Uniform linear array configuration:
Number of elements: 16
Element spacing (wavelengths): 0.75
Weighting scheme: uniform
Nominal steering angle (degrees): -30
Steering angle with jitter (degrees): -31.932
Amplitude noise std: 0.05
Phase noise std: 0.05

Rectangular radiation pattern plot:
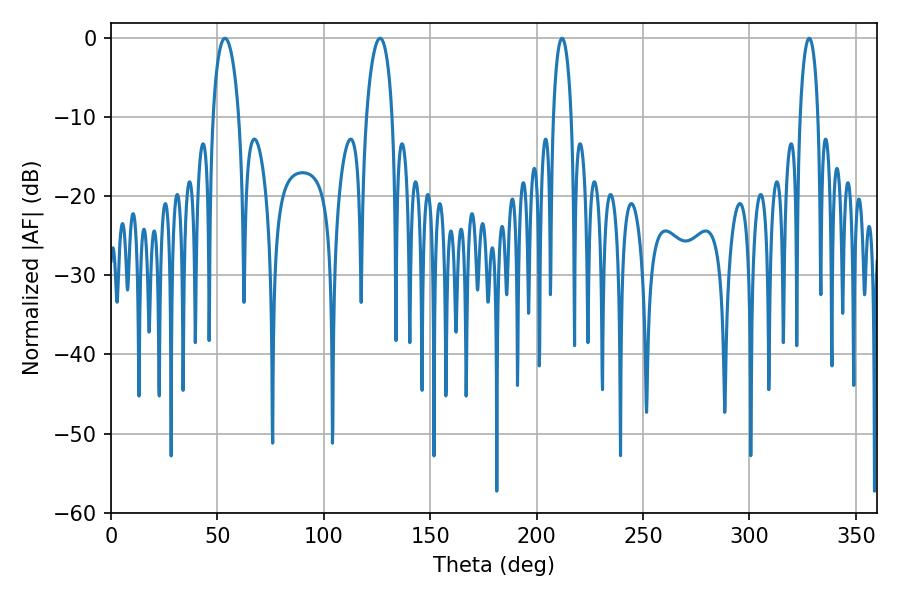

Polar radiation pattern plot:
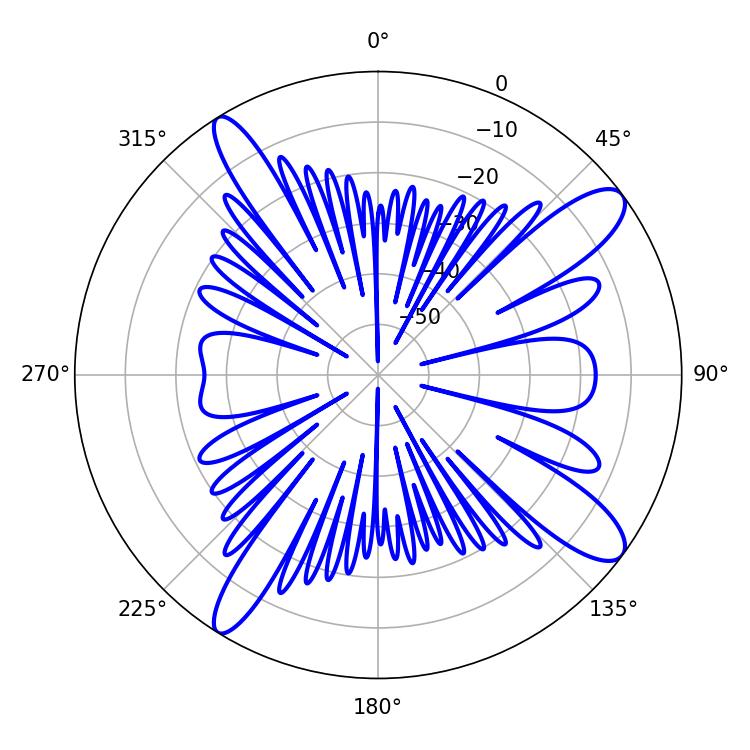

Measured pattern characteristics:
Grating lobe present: TRUE
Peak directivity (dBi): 12.145
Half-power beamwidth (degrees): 7.02
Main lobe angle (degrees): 53.64